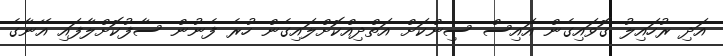
އަދި ރުހައިލު ގޮވައިގެން އައިސް ސިންކަށް އަތްދިއްކޮށްލައިގެން ހުރެ ފެނުން ސާފުކޮށްލާފައި އޭނާގެ